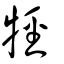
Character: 牼